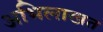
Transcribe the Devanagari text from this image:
अभिलाखत